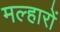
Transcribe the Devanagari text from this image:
मल्हारों